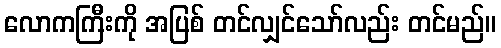
လောကကြီးကို အပြစ် တင်လျှင်သော်လည်း တင်မည်။